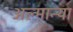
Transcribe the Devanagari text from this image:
अल्मान्या